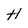
Character: H